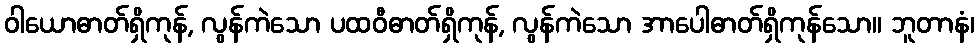
ဝါယောဓာတ်ရှိကုန်, လွန်ကဲသော ပထဝီဓာတ်ရှိကုန်, လွန်ကဲသော အာပေါဓာတ်ရှိကုန်သော။ ဘူတာနံ၊